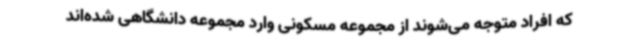
که افراد متوجه می‌شوند از مجموعه مسکونی وارد مجموعه دانشگاهی شده‌اند